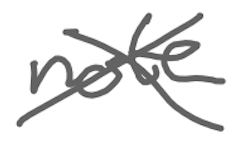
Text: not
Cross-out: cross
Writing tool: digital_gray